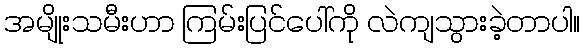
အမျိုးသမီးဟာ ကြမ်းပြင်ပေါ်ကို လဲကျသွားခဲ့တာပါ။